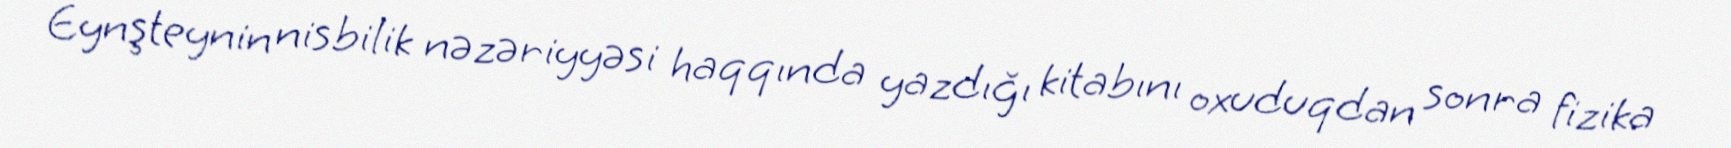
Eynşteynin nisbilik nəzəriyyəsi haqqında yazdığı kitabını oxuduqdan sonra fizika